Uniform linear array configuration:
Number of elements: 64
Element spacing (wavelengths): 0.75
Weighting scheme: binomial
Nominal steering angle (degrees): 15
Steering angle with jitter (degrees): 16.305
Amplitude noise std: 0.05
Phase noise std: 0.05

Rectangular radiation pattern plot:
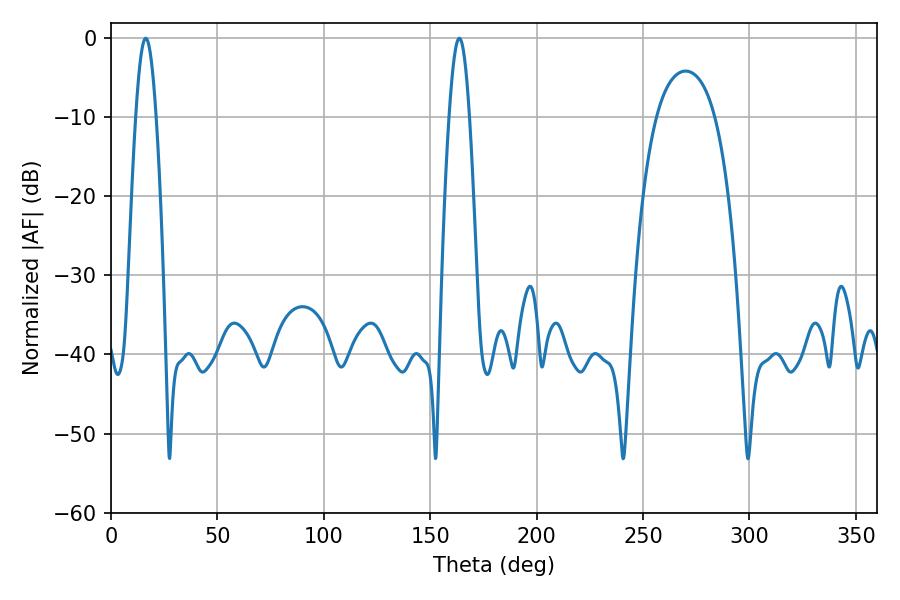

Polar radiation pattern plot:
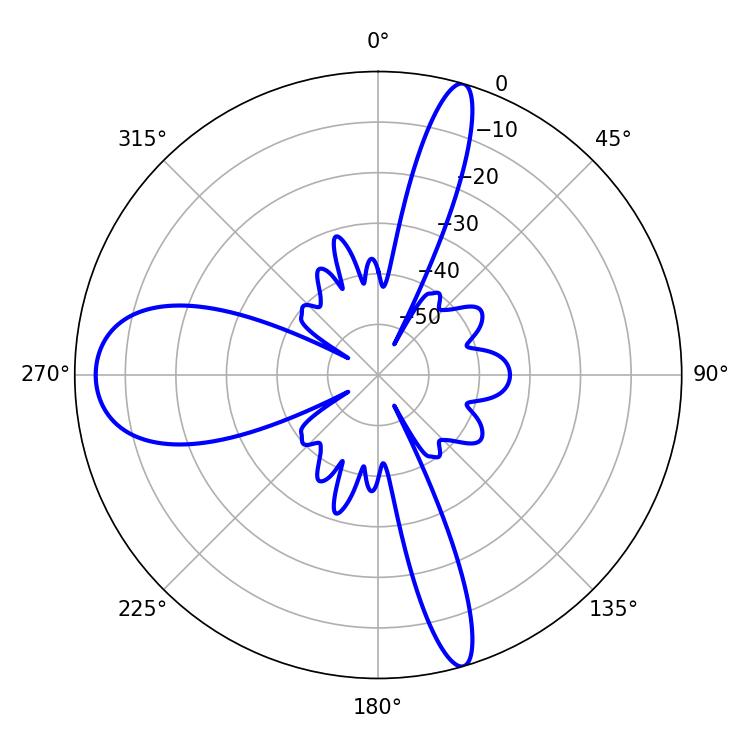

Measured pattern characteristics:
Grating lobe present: TRUE
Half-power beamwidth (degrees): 5.04
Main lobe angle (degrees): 16.38